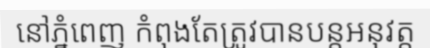
នៅភ្នំពេញ កំពុងតែត្រូវបានបន្តអនុវត្ត